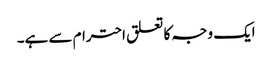
ایک وجہ کا تعلق احترام سے ہے۔